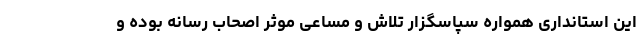
این استانداری همواره سپاسگزار تلاش و مساعی موثر اصحاب رسانه بوده و